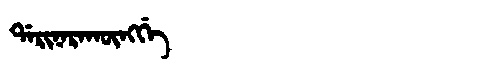
Manchu: ᡩᠠᡵᡳᠨᠠᡵᠠᡴᡡᠩᡤᡝ
Romanization: DARINARAKŪNGGE